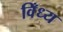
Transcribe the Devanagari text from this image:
विँध्य